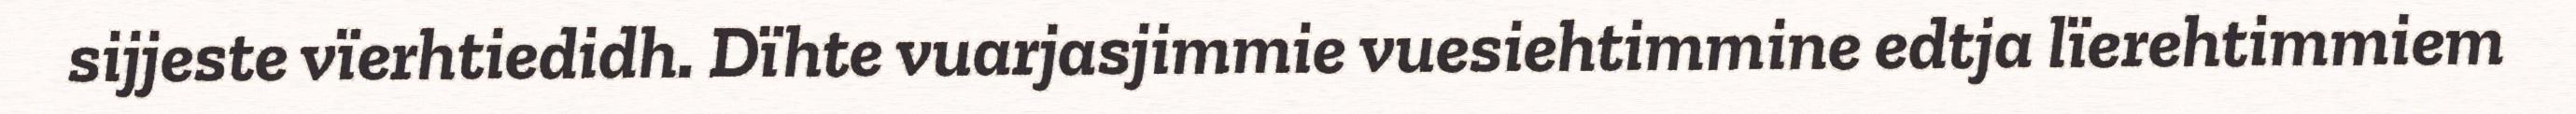
sijjeste vïerhtiedidh. Dïhte vuarjasjimmie vuesiehtimmine edtja lïerehtimmiem